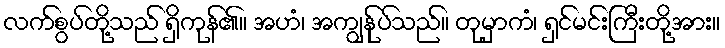
လက်စွပ်တို့သည် ရှိကုန်၏။ အဟံ၊ အကျွန်ုပ်သည်။ တုမှာကံ၊ ရှင်မင်းကြီးတို့အား။